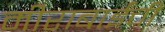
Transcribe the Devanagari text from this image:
मीराबाईंची